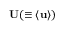
{ \bf { U } } ( \equiv \langle { { \bf { u } } } \rangle )